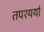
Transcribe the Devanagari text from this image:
तपश्यर्या